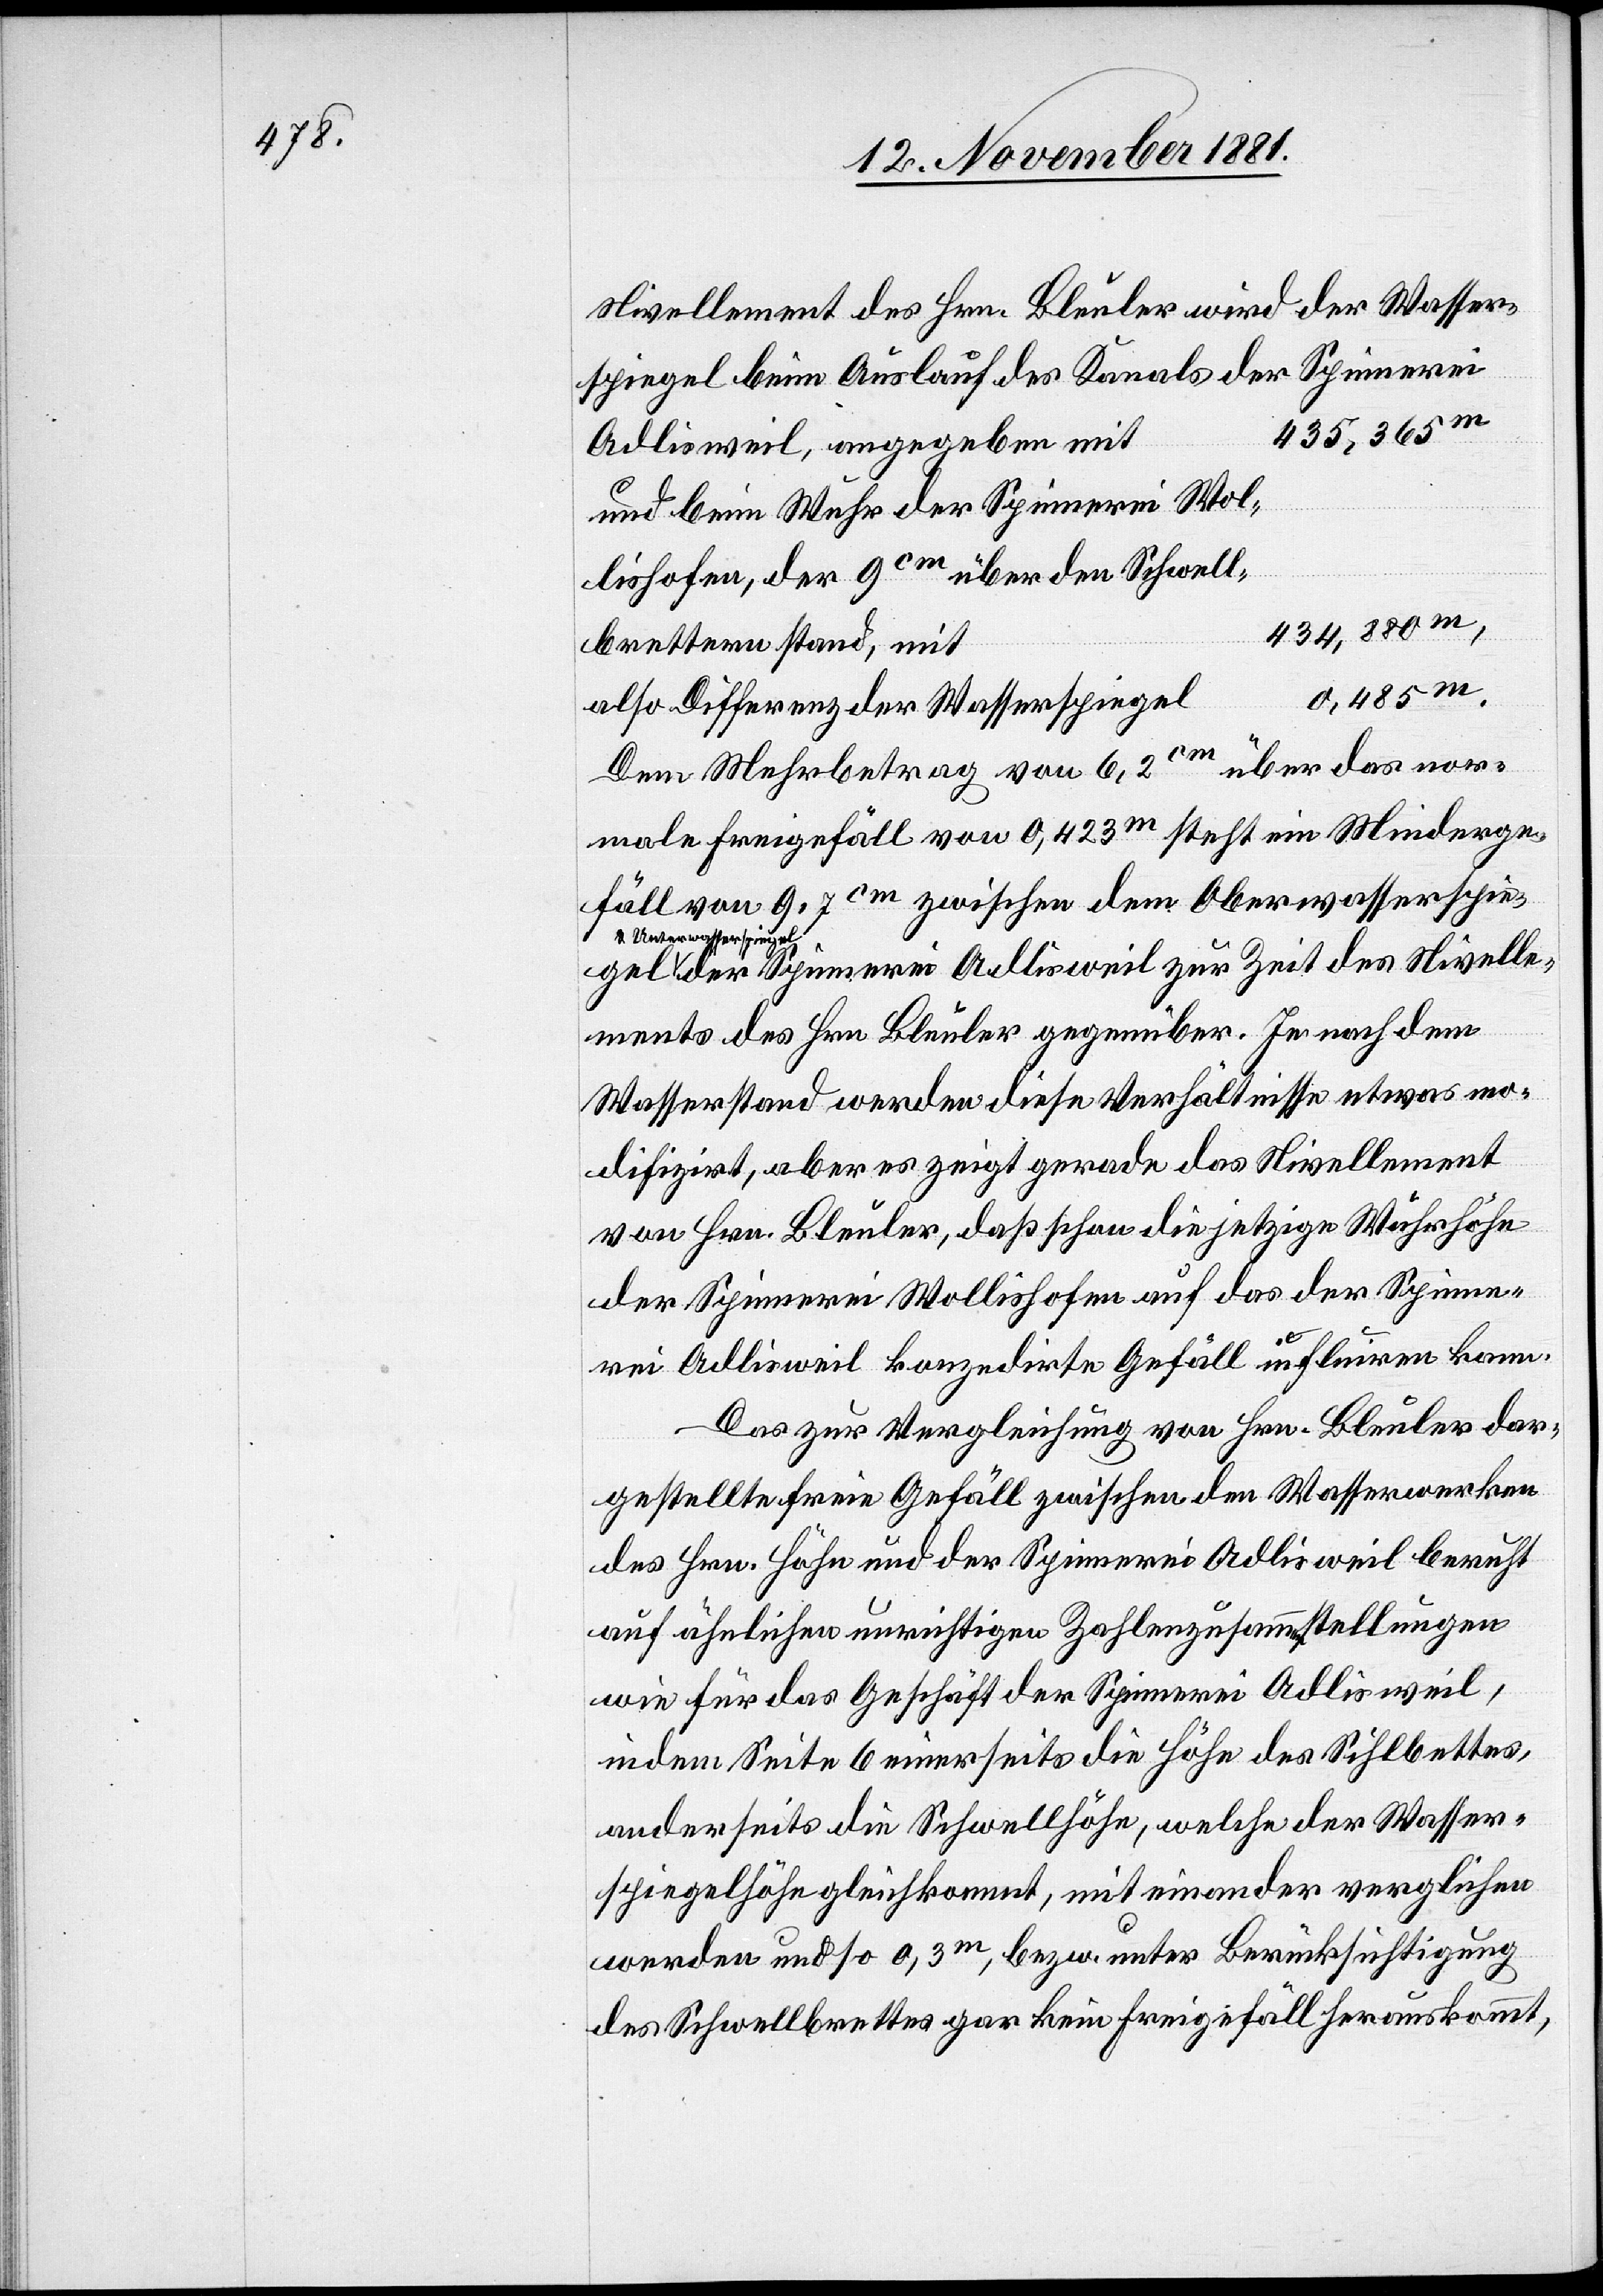
Nivellement des Hrn. Bleuler wird der Wasser¬
spiegel beim Auslauf des Kanals der Spinnerei
Adlisweil, angegeben mit
und beim Wuhr der Spinnerei Wol¬
lishofen, der 9cm über den Schwell¬
l						0,485m.
brettern stand,
also Differenz der Wasserspiege¬
Dem Mehrbetrag von 6,2cm über das nor¬
male Freigefäll von 0,423m steht ein Minderge¬
fäll von 9,7cm zwischen dem Oberwasserspeiegel
& Unterwasserspie¬
gel der Spinnerei Adlisweil zur Zeit des Nivelle¬
ments des Hrn. Bleuler gegenüber. Je nach dem
Wasserstand werden diese Verhältnisse etwas mo¬
difizirt, aber es zeigt gerade das Nivellement
von Hrn. Bleuler, daß schon die jetzige Wuhrhöhe
der Spinnerei Wollishofen auf das der Spinne¬
rei Adlisweil konzedirte Gefäll influiren kann.
Das zur Vergleichung von Hrn. Bleuler dar¬
gestellte freie Gefäll zwischen den Wasserwerken
des Hrn. Höhe und der Spinnerei Adlisweil beruht
auf ähnlichen unrichtigen Zahlenzusammenstellungen
wie für das Geschäft der Spinnerei Adlisweil,
indem Seite 6 einerseits die Höhe des Sihlbettes,
anderseits die Schwellhöhe, welche der Wasser¬
spiegelhöhe gleichkommt, miteinander verglichen
werden und so 0,3m,bezw. unter Berücksichtigung
des Schwellbrettes gar kein Freigefäll herauskommt,